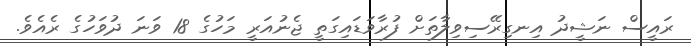
ރައީސް ނަޝީދު އިނގިރޭސިވިލާތަށް ފުރާވަޑައިގަތީ ޖެނުއަރީ މަހުގެ 18 ވަނަ ދުވަހުގެ ރެއެވެ.